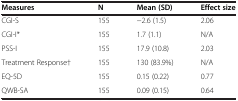
<table><thead><tr><td><b>Measures</b></td><td><b>N</b></td><td><b>Mean (SD)</b></td><td><b>Effect size</b></td></tr></thead><tbody><tr><td>CGI-S</td><td>155</td><td>-2.6 (1.5)</td><td>2.06</td></tr><tr><td>CGI-I*</td><td>155</td><td>1.7 (1.1)</td><td>N/A</td></tr><tr><td>PSS-I</td><td>155</td><td>17.9 (10.8)</td><td>2.03</td></tr><tr><td>Treatment Response†</td><td>155</td><td>130 (83.9%)</td><td>N/A</td></tr><tr><td>EQ-5D</td><td>155</td><td>0.15 (0.22)</td><td>0.77</td></tr><tr><td>QWB-SA</td><td>155</td><td>0.09 (0.15)</td><td>0.64</td></tr></tbody></table>